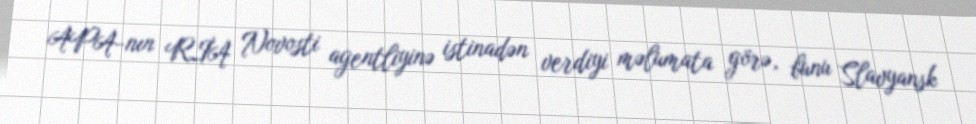
APA-nın RİA Novosti agentliyinə istinadən verdiyi məlumata görə, bunu Slavyansk